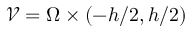
\mathcal { V } = \Omega \times ( - h / 2 , h / 2 )